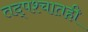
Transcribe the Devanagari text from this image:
तद्पश्चातही